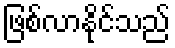
ဖြစ်လာနိုင်သည်